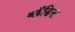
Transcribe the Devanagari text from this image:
ब्लँडिना